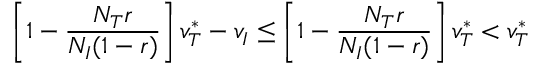
\left[ 1 - \frac { N _ { T } r } { N _ { I } ( 1 - r ) } \right] v _ { T } ^ { * } - v _ { I } \le \left[ 1 - \frac { N _ { T } r } { N _ { I } ( 1 - r ) } \right] v _ { T } ^ { * } < v _ { T } ^ { * }